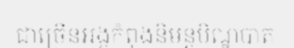
ជាច្រើនអង្គកំពុងនិមន្តបិណ្ឌបាត